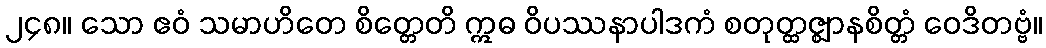
၂၄၈။ သော ဧဝံ သမာဟိတေ စိတ္တေတိ ဣဓ ဝိပဿနာပါဒကံ စတုတ္ထဇ္ဈာနစိတ္တံ ဝေဒိတဗ္ဗံ။